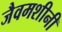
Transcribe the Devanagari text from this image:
जैवमशीनी